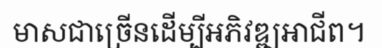
មាសជាច្រើនដើម្បីអភិវឌ្ឍអាជីព។